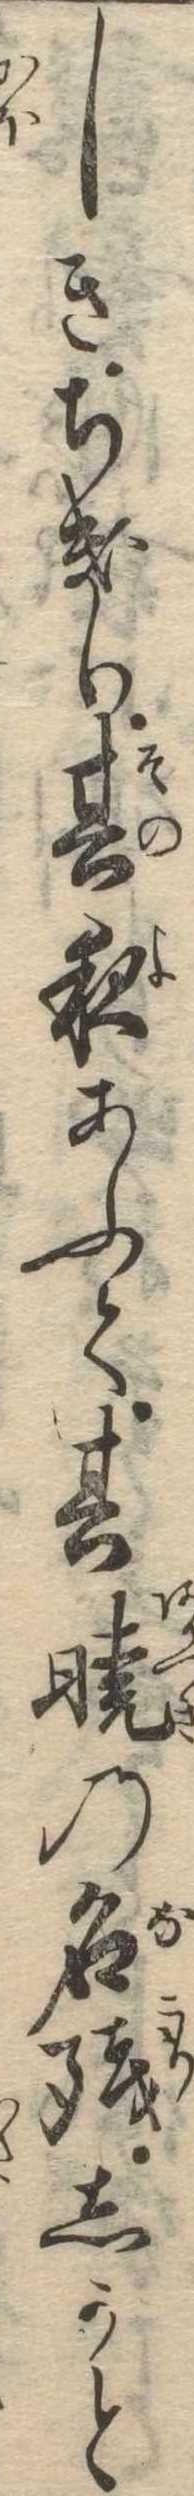
しきちきり其夜あふて其暁の名残しかと